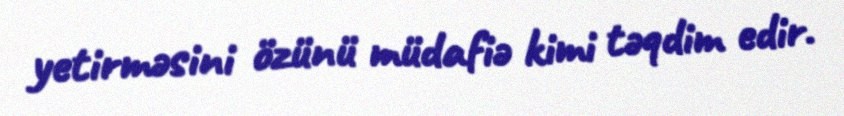
yetirməsini özünü müdafiə kimi təqdim edir.